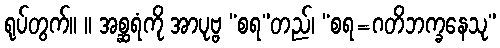
ရုပ်တွက်။ ။ အစ္ဆရံကို အာပုဗ္ဗ “စရ”တည်၊ “စရ=ဂတိဘက္ခနေသု”